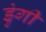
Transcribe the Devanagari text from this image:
डुंगी